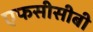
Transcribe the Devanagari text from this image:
एफसीसीबी